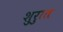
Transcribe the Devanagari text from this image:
शुरुात